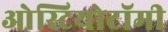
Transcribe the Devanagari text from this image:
ओस्टियोटॉमी